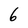
Character: 6